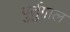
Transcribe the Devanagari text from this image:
पुर्तुगाल